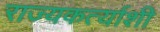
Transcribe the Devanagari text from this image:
राज्यकर्त्याशी